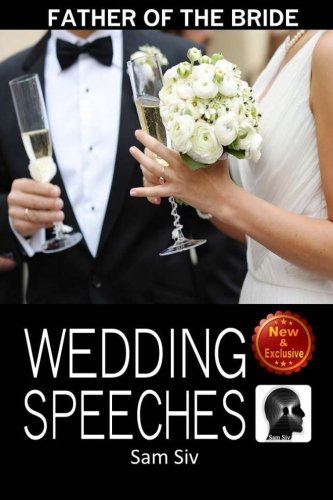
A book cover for Wedding Speeches: Father Of The Bride Speeches: How To Give The Perfect Speech  At Your Perfectly Wonderful Daughter?s Wedding (Wedding Speeches - Books By Sam Siv) (Volume 2); Sam Siv; Crafts, Hobbies & Home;